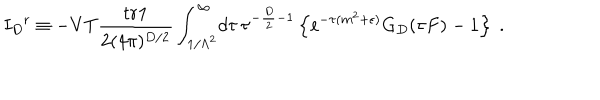
{ I _ { D } } ^ { \mathrm r } \equiv - V T { \frac { { \mathrm { t r } } { \bf 1 } } { 2 ( 4 \pi ) ^ { D / 2 } } } \int _ { 1 / \Lambda ^ { 2 } } ^ { \infty } \! d \tau \, \tau ^ { - { \frac { D } { 2 } } - 1 } \left\{ { \mathrm e } ^ { - \tau ( m ^ { 2 } + \epsilon ) } G _ { D } ( \tau F ) - 1 \right\} \ .